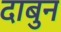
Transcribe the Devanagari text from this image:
दाबुन